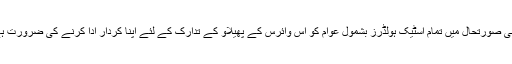
ایسی صورتحال میں تمام اسٹیک ہولڈرز بشمول عوام کو اس وائرس کے پھیلاو کے تدارک کے لئے اپنا کردار ادا کرنے کی ضرورت ہے۔